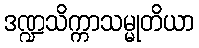
ဒဏ္ဍသိက္ကာသမ္မုတိယာ